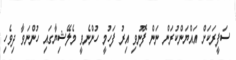
ސަފީރަކަށް އައްޔަންކުރަން ނަން ފޮނުވި އިރު ފަހުމީ ހުންނެވީ މެލޭޝިޔާގައި ހުންނަވާ ދިވެހި